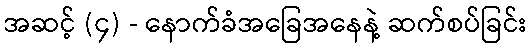
အဆင့် (၄) - နောက်ခံအခြေအနေနဲ့ ဆက်စပ်ခြင်း